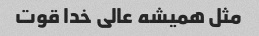
مثل همیشه عالی خدا قوت